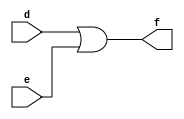
`timescale 1ns / 1ps

module or_g(
    input  wire d,
    input  wire e,
    output wire f
    );
    
    assign f = d | e;
endmodule